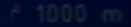
^{\prime}1000\